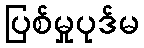
ပြစ်မှုပုဒ်မ